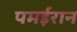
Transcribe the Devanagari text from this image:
पमईरान